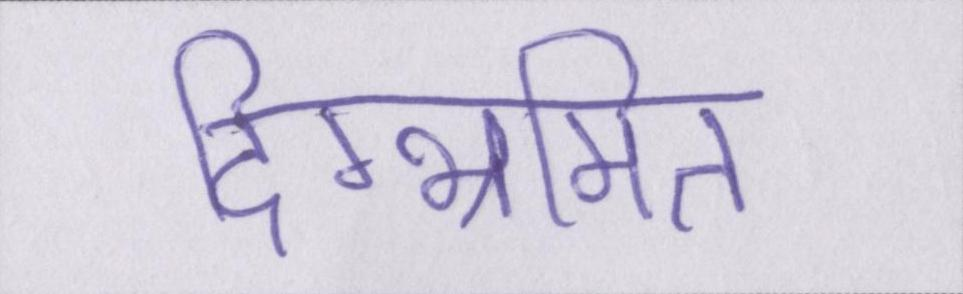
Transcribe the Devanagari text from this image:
दिग्भ्रमित